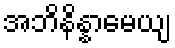
အဘိနိန္နာမေယျ